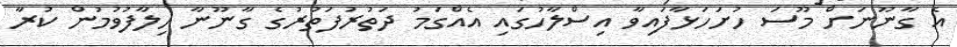
އެ ގާނޫނަށް މޫސަ ހުށަހަޅާފައިވާ އިސްލާހުގައި އެއްގަމު ދަތުރުފަތުރުގެ ގާނޫނާ ހިލާފުވުމުން ކުރާ